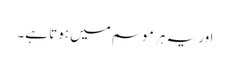
اور یہ ہر موسم میں ہوتا ہے۔